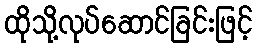
ထိုသို့လုပ်ဆောင်ခြင်းဖြင့်